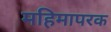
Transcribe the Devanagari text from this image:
महिमापरक